Indian journal of veterinary science and animal husbandry - Volumes 26-27, 1956-1957
Year: 1956
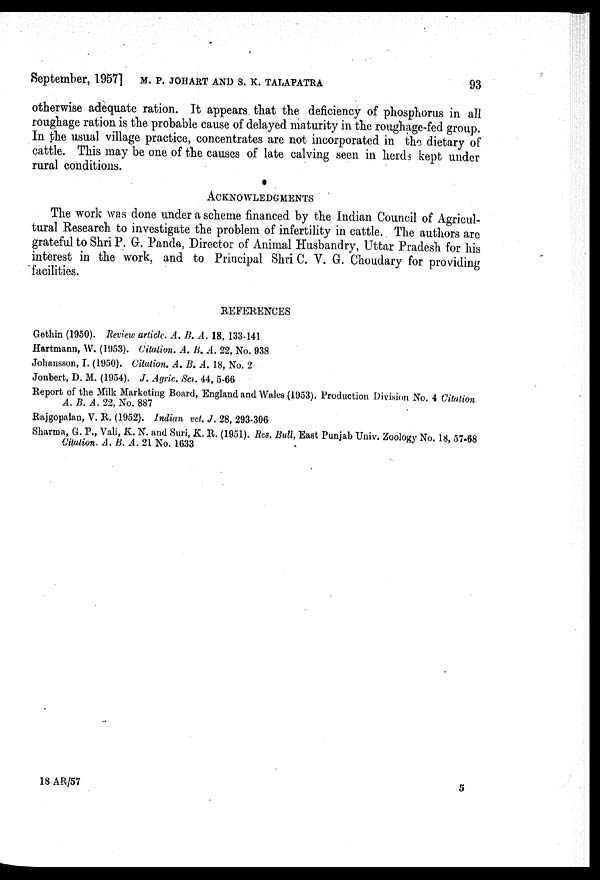
September, 1957] M. P. JOHART AND S. K. TALAPATRA 93
otherwise adequate ration. It appears that the deficiency of phosphorus in all
roughage ration is the probable cause of delayed maturity in the roughage-fed group.
In the usual village practice, concentrates are not incorporated in the dietary of
cattle. This may be one of the causes of late calving seen in herds kept under
rural conditions.
ACKNOWLEDGMENTS
The work was done under a scheme financed by the Indian Council of Agricul-
tural Research to investigate the problem of infertility in cattle. The authors are
grateful to Shri P. G. Pande, Director of Animal Husbandry, Uttar Pradesh for his
interest in the work, and to Principal Shri C. V. G. Choudary for providing
facilities.
REFERENCES
Gethin (1950). Review article. A. B. A. 18, 133-141
Hartmann, W. (1953). Citation. A. B. A. 22, No. 938
Johansson, I. (1950). Citation. A. B. A. 18, No. 2
Joubert, D. M. (1954). J. Agric. Sci. 44, 5-66
Report of the Milk Marketing Board, England and Wales (1953). Production Division No. 4 Citation
A. B. A. 22, No. 887
Rajgopalan, V. R. (1952). Indian vet. J. 28, 293-306
Sharma, G. P., Vali, K. N. and Suri, K. R. (1951). Res. Bull, East Punjab Univ. Zoology No. 18, 57-68
Citation. A. B. A. 21 No. 1633
18 AR/57
5